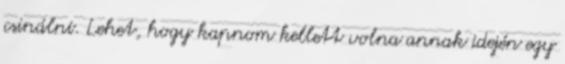
csinálni. Lehet, hogy kapnom kellett volna annak idején egy